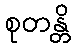
စုတန္တိ